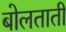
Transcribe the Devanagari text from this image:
बोलताती